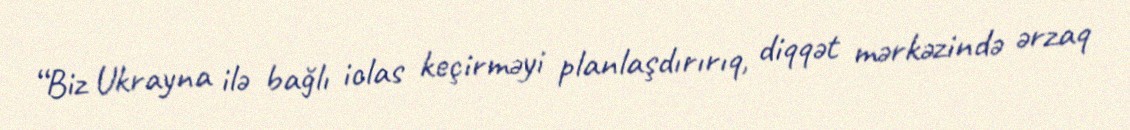
“Biz Ukrayna ilə bağlı iclas keçirməyi planlaşdırırıq, diqqət mərkəzində ərzaq